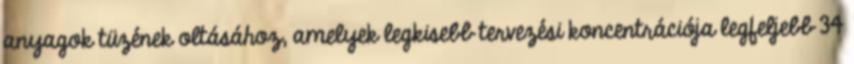
anyagok tüzének oltásához, amelyek legkisebb tervezési koncentrációja legfeljebb 34